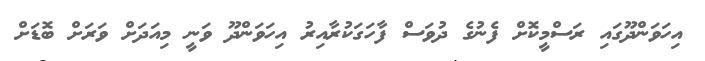
އިހަވަންދޫގައި ރަސްމީކޮށް ފެނުގެ ދުވަސް ފާހަގަކުރާއިރު އިހަވަންދޫ ވަނީ މިއަދަށް ވަރަށް ބޮޑަށް